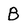
Character: B